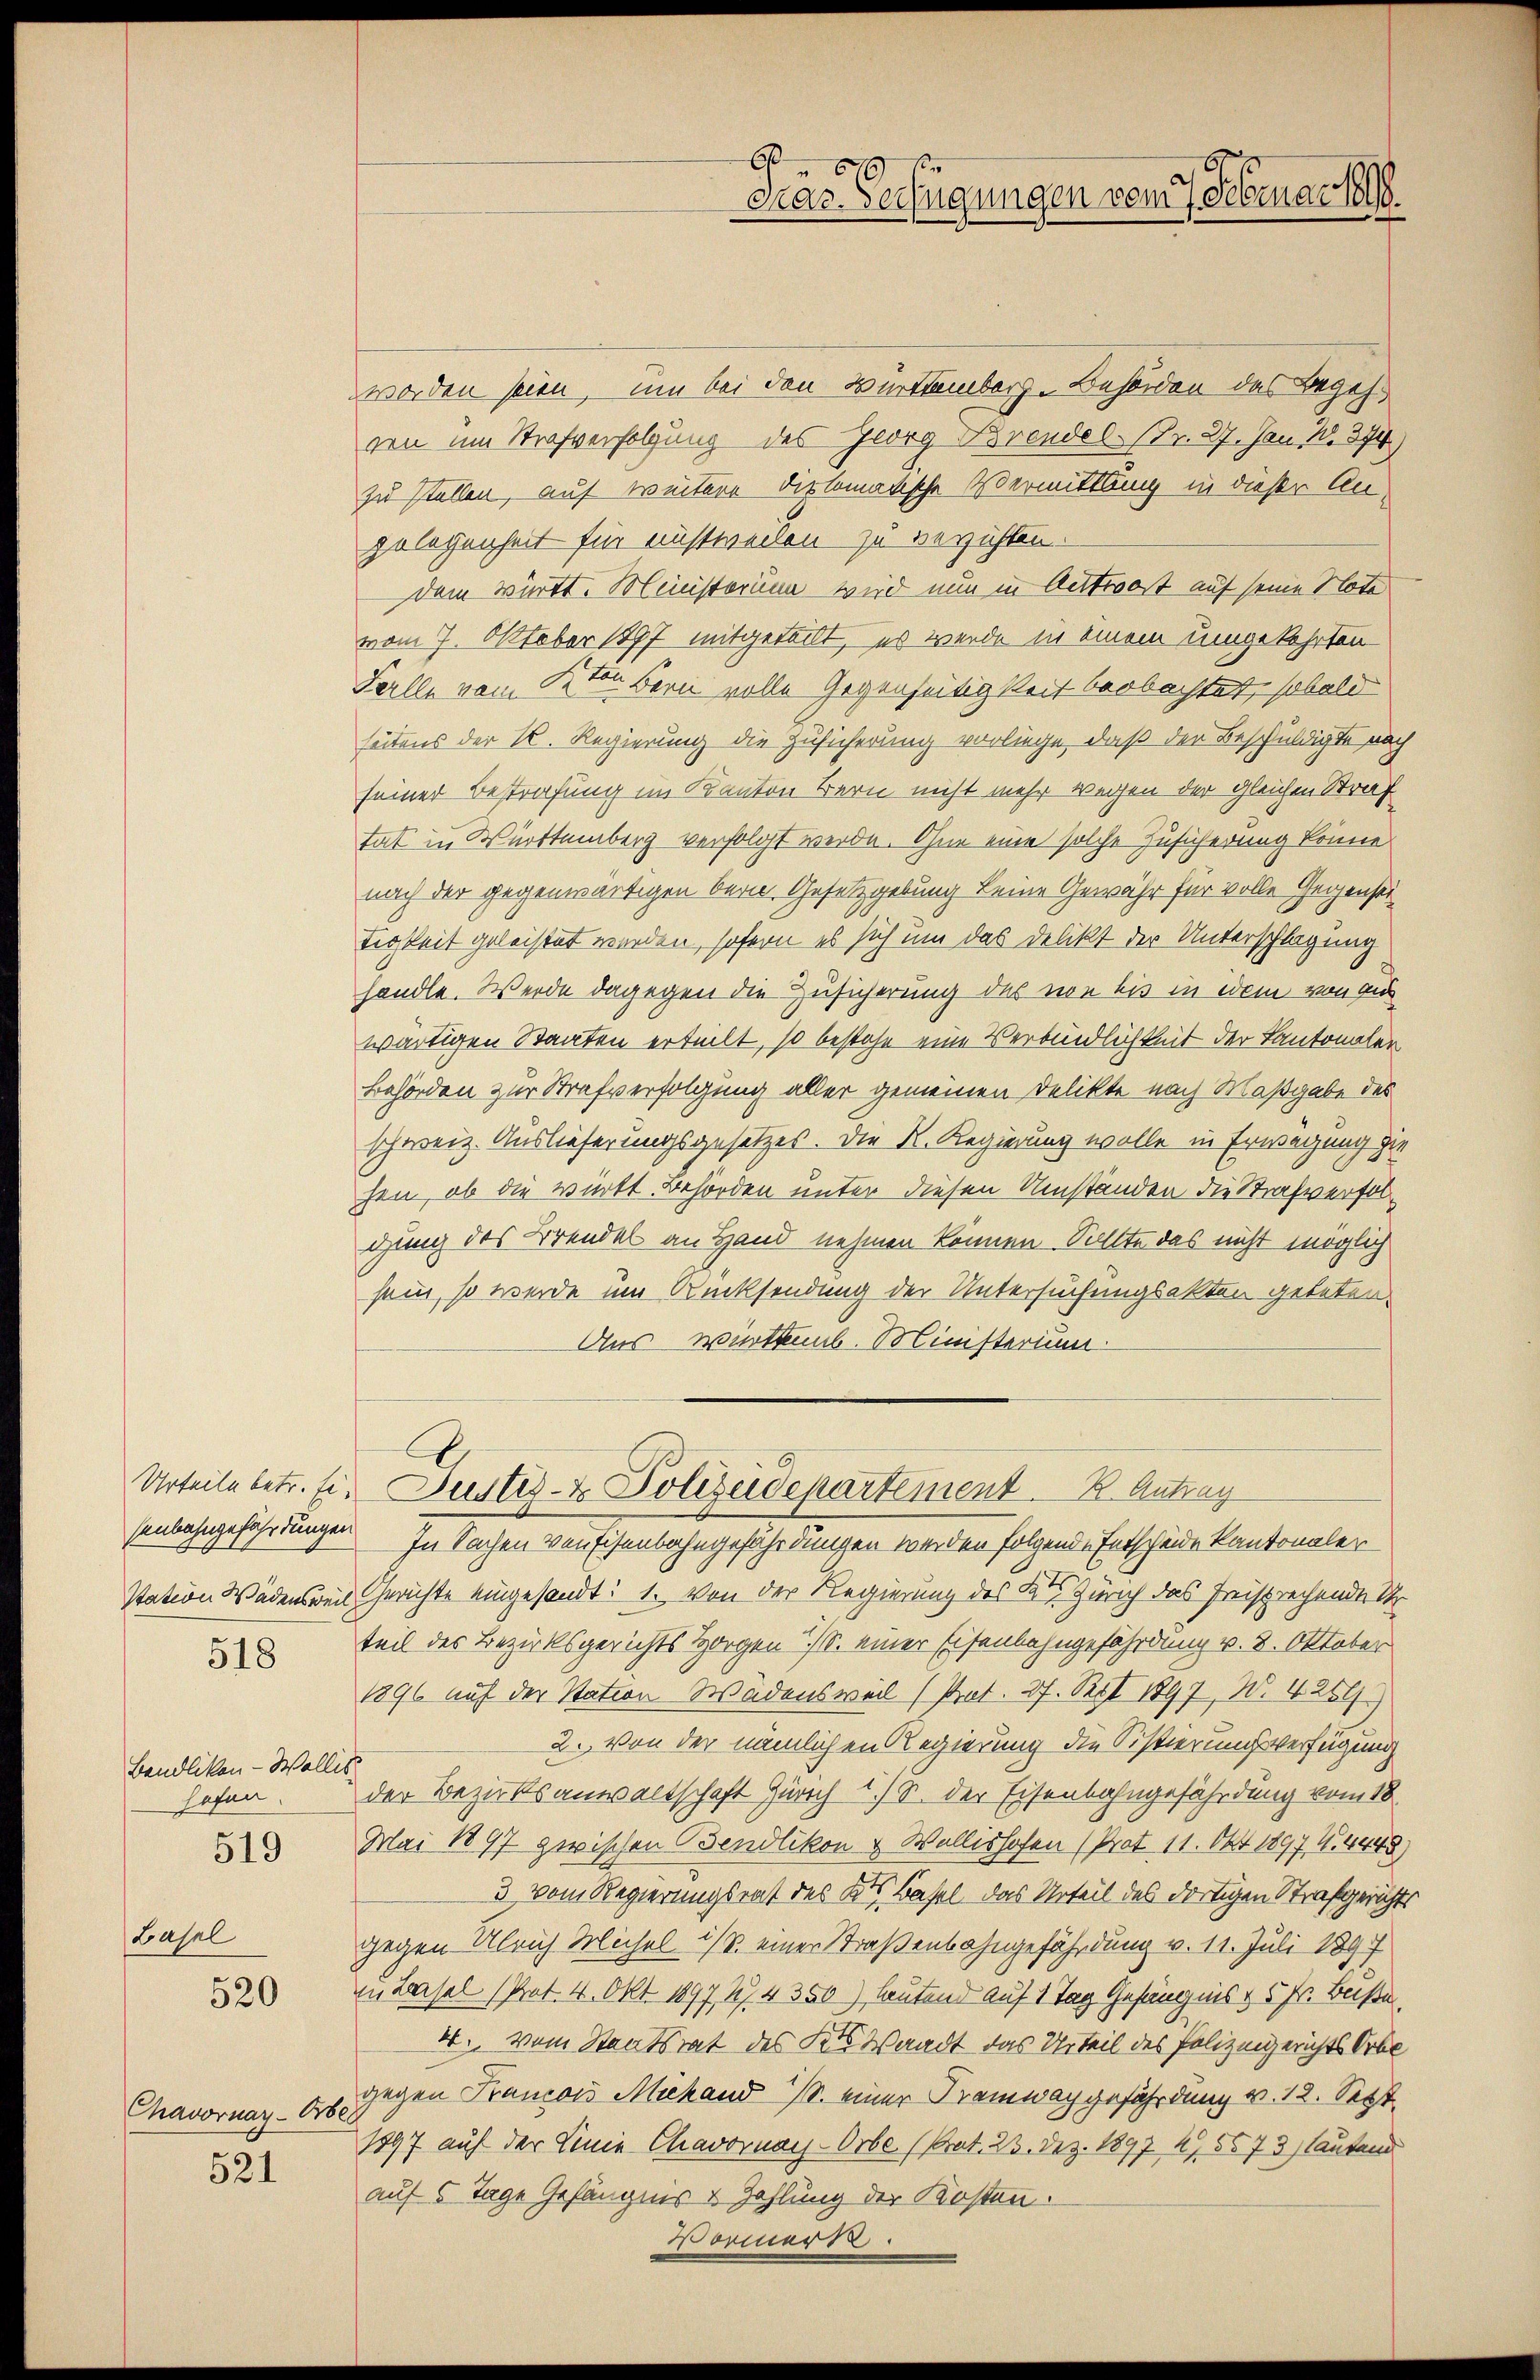
518

Bendliken - Walli
hofen.
Basel
520
Chavornar-Orbe.

519

521

6
Graz. Verfügungen vom 7. Februar 1888.

worden seien, um bei den Württemberg-Behörden des Begehren um Strafverfolgung des Georg Brendel (Tr. 27. Jan. 1374)
zu stellen, auf weitere diplomatische Vermittlung in dieser Anzulegenheit für unstweilen zu verzichten.
dem württ. Ministerum wird nun in Antwoost auf seine Note
vom 7. Oktober 1897 mitgeteilt, es werde in einem umgekehrten¬
Felle vom 3ten Bern volle Gegenseitigkeit beobachtet, sobald
seitens der K. Regierung die Zusicherung vorliege, daß der Beschuldigte nach
seiner Bestrafung im Kanton Bern nicht mehr wegen der gleichen Straf
tat in Württemberg verfolgt werde. Ohne eine solche Zusicherung könne
nach der gegenwärtigen bern Gesetzgebung keine Gewähr für volle Gegenseitigkeit geleistet werden, sofern es sich um das Delikt der Unterschlagung
handle. Werde dagegen die Zusicherung des wie bis in dem von aus
wärtigen Staaten erteilt, so bestehe eine Verbindlichkeit der Kantonaler
Behörden zur Strafverfolgung aller gemeinen Delikte nach Maßgabe des
schweiz. Auslieferungsgesetzes. Die K. Regierung wolle in Erwägung gie
hen, ob die würkt Behörden unter diesen Umständen die Strafverfolgung des Brendel an Hand nehmen können. Sollte das nicht möglich
sein, so werde um Rücksendung der Untersuchungsakten geteten.
Aus wirkennb. Ministerium
Urteile betr. f. unter- & Polizeidepartement. B. Antrag
senbahngefährdungen In Sachen verfisenbahngefährdungen werden folgende Entscheide kantonaler
Station Wädensweil Gerichte eingesandt: 1. Von der Regierung des Kts Zürich das freisprechende St
teil des Bezirksgerichts Horgen /. einer Eisenbahngefährdung v. 8. Oktober
1896 auf der Station Wädensweil (Prot. 37. Rest 1897, N. 4250
2. Von der nämlichen Regierung die Sistierungsverfügung
der Bezirksanwaltschaft Zürich 2.) S. der Eisenbahngefährdung vom 18
Mai 1897 zwischen Bendlikon & Wallishofen (Prot. 11. Okt 1897, N. 4448)
3 vom Regierungsrat des Kts. Basel, das Urteil des dortigen Strafgerichts
gegen Ulrich Michel ist. einer Straßenbahngefährdung v. 11. Juli 189
zu Basel (Prot. 4. Okt. 1897, 27. 4350) lautend auf 1 Tag Gefängnis v 5 Fr. Buße
4. Vom Staatsrat des des Waadt das Urteil des Polizeigerichts Orbe
gegen Francois Michand /. einer Tramwachgefährdung v. 12. Sept.
1897 auf der Linie Chavornay-Orbe. (Prat. 23. Dez. 1897 4,5573) lautend
auf 5 Tage Gefängnis u Zahlung der Kosten.
Vormerk